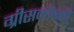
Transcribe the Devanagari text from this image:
ग्रीसमोन्की